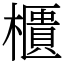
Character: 櫃